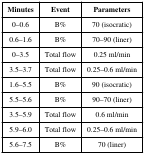
<table><thead><tr><td><b>Minutes</b></td><td><b>Event</b></td><td><b>Parameters</b></td></tr></thead><tbody><tr><td>0–0.6</td><td>B%</td><td>70 (isocratic)</td></tr><tr><td>0.6–1.6</td><td>B%</td><td>70–90 (liner)</td></tr><tr><td>0–3.5</td><td>Total flow</td><td>0.25 ml/min</td></tr><tr><td>3.5–3.7</td><td>Total flow</td><td>0.25–0.6 ml/min</td></tr><tr><td>1.6–5.5</td><td>B%</td><td>90 (isocratic)</td></tr><tr><td>5.5–5.6</td><td>B%</td><td>90–70 (liner)</td></tr><tr><td>3.5–5.9</td><td>Total flow</td><td>0.6 ml/min</td></tr><tr><td>5.9–6.0</td><td>Total flow</td><td>0.25–0.6 ml/min</td></tr><tr><td>5.6–7.5</td><td>B%</td><td>70 (liner)</td></tr></tbody></table>